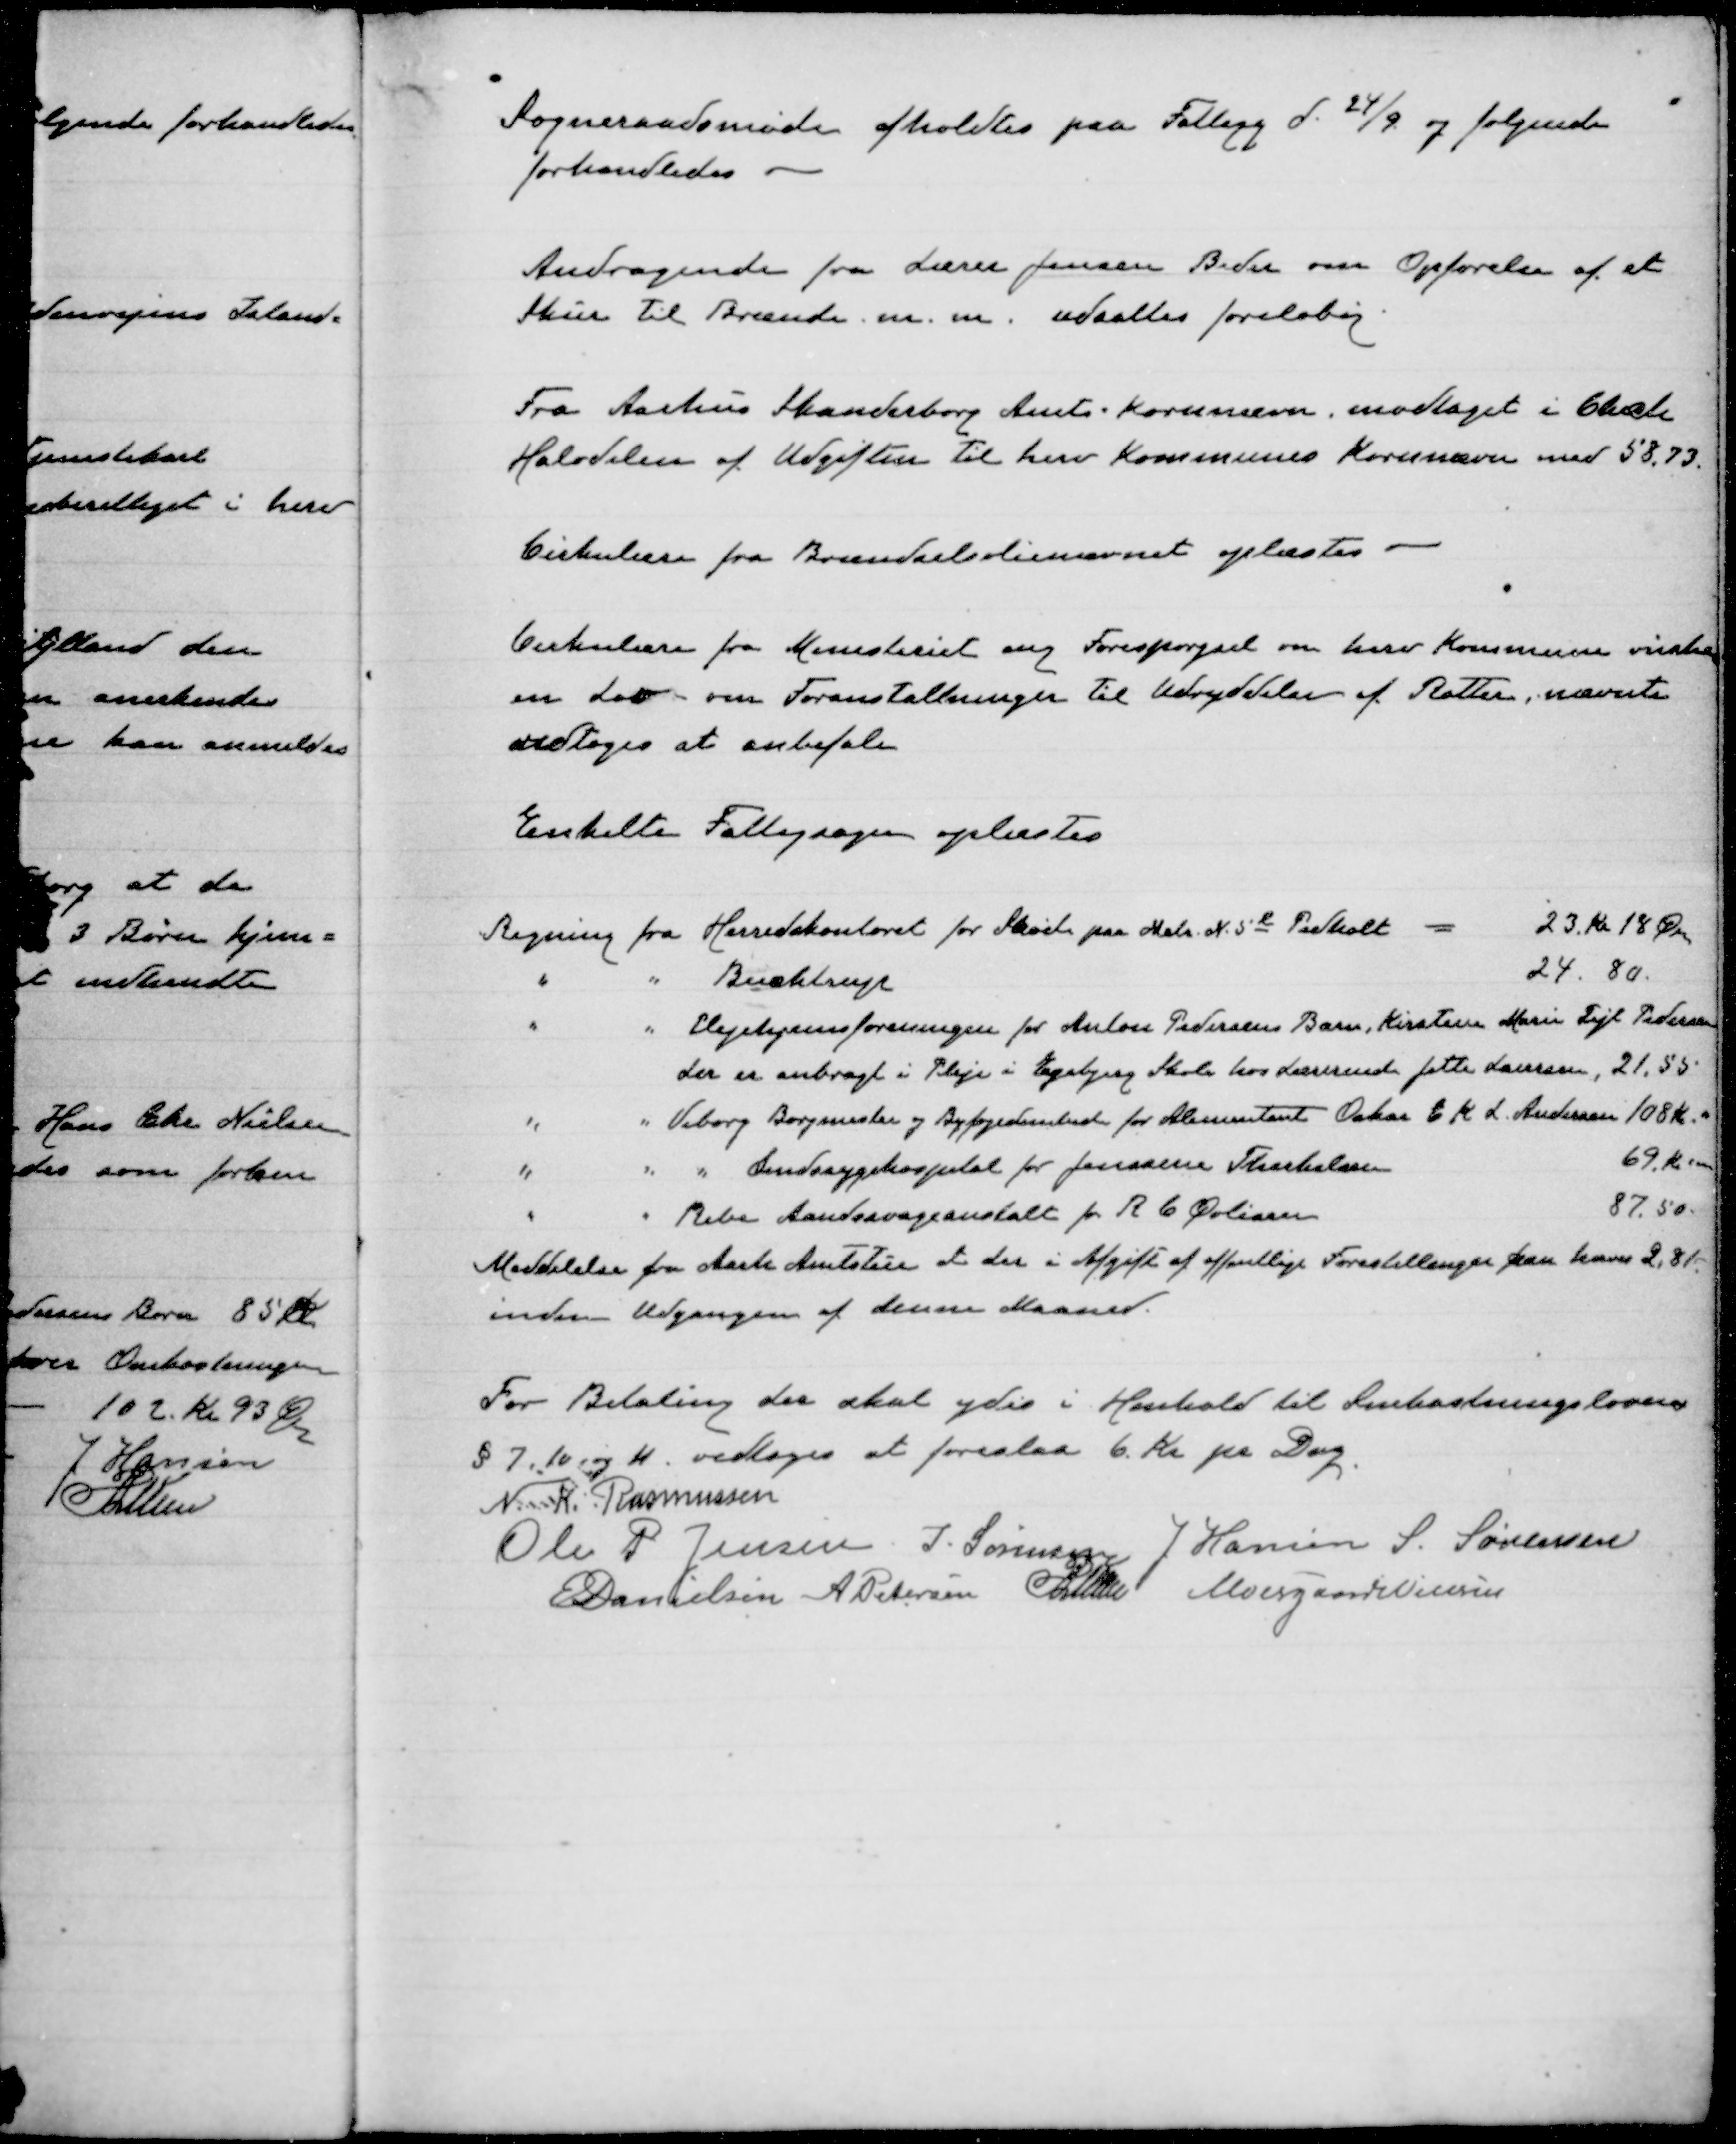
Transskription:
Sogneraadsmøde afholdtes paa Fattigg. d. 24/2 og følgende
forhandledes

Andragende fra Lærer Jensen Beder om Opførelse af et
Skur til Brænde m.m. udsattes foreløbig

Fra Aarhus Skanderborg Amts Kornnævn. modtaget i Chæk
Halvdelen af Udgiften til hver kommunes Kornnævn med 58,73

Cirkulære fra Brændselsolienævnet oplæstes

Cirkulære fra Ministeriet ang. Forespørgsel om hvor kommune ønsker
en Lov om Foranstaltninger til udryddelse af Rotter, nævnte
vedtoges at anbefale

Enkelte Fattigsager oplæstes

For Betaling der skal ydes i Henhold til Snekastningslovens
§ 7, 10 og 11 vedtoges at foreslaa 6 kr pr. Dag
N. K. Rasmussen
Ole P. Jensen
J. Sørensen
J. Hansen
S. Sørensen
E Danielsen
A Petersen
P Lunn
Moesgaard Nielsen